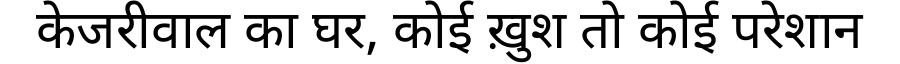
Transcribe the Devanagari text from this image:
केजरीवाल का घर, कोई ख़ुश तो कोई परेशान